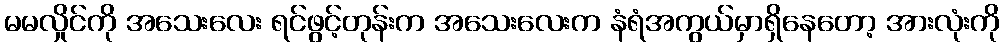
မမလှိုင်ကို အသေးလေး ရင်ဖွင့်တုန်းက အသေးလေးက နံရံအကွယ်မှာရှိနေတော့ အားလုံးကို